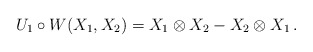
\begin{align*}U_1\circ W(X_1,X_2)=X_1\otimes X_2-X_2\otimes X_1\,.\end{align*}